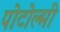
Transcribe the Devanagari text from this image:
पोटोल्मी